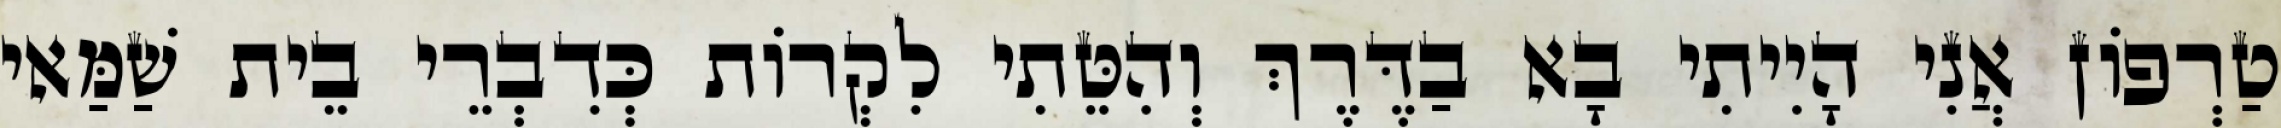
טַרְפוֹן אֲנִי הָיִיתִי בָא בַדֶּרֶךְ וְהִטֵּתִי לִקְרוֹת כְּדִבְרֵי בֵית שַׁמַּאי